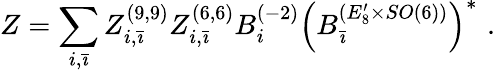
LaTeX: Z=\sum_{i,\bar{\imath}}Z_{i,\bar{\imath}}^{(9,9)}Z_{i,\bar{\imath}}^{(6,6)}B_{i}^{(-2)}\left(B_{\bar{\imath}}^{(E_{8}^{\prime}\times SO(6))}\right)^{*}\, \, .